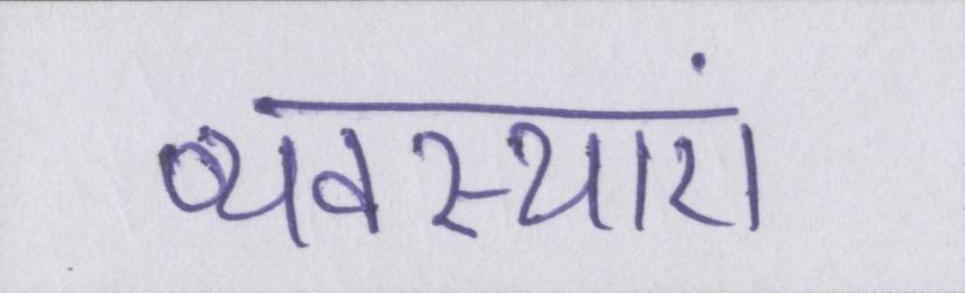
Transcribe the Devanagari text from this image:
व्यवस्थाएं